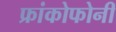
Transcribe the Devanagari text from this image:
फ्रांकोफोनी